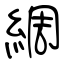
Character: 綢